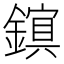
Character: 𫓃